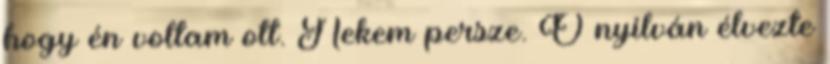
hogy én voltam ott. Nekem persze. Ő nyilván élvezte